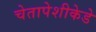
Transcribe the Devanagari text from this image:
चेतापेशीकेडे